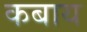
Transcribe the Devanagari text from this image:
कबाय